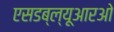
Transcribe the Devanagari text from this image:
एसडब्ल्यूआरओ